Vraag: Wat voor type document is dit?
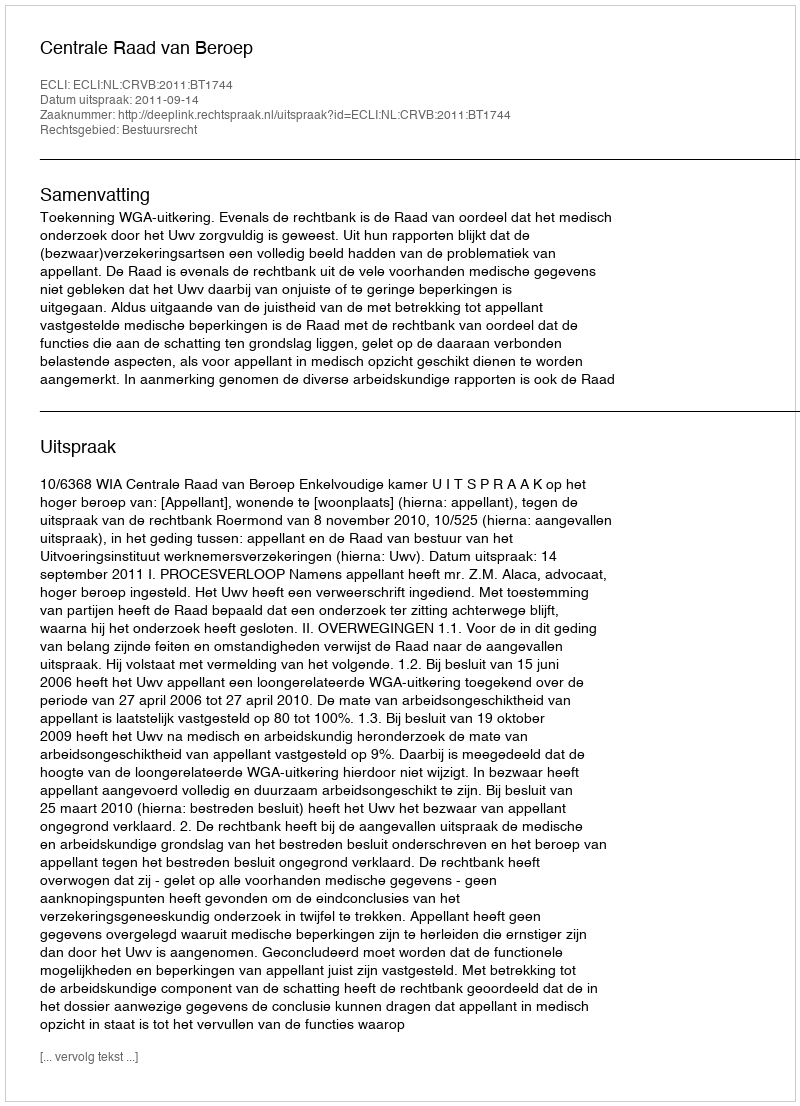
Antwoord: Uitspraak